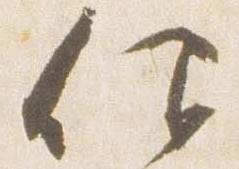
仰